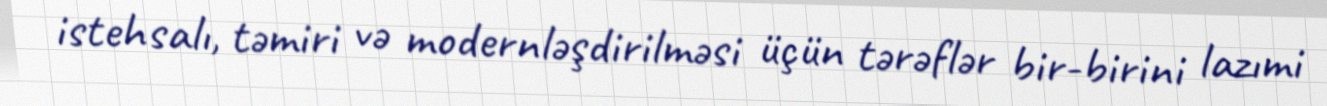
istehsalı, təmiri və modernləşdirilməsi üçün tərəflər bir-birini lazımi